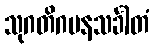
သုဂတိဂမနသင်္ခါတံ